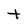
Character: t